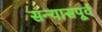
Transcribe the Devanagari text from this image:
सन्यासपूर्व